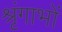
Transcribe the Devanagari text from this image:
श्रृंगाभों